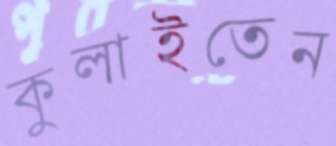
কুলাইতেন